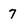
Character: 7